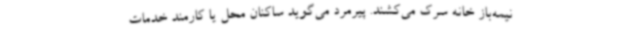
نیمه‌باز خانه سرک می‌کشند. پیرمرد می‌گوید ساکنان محل یا کارمند خدمات